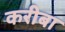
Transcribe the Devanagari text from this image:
करीबा